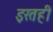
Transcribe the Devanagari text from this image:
इरतही